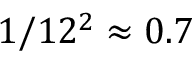
1 / 1 2 ^ { 2 } \approx 0 . 7 \